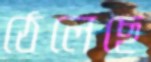
ঠেলেছে